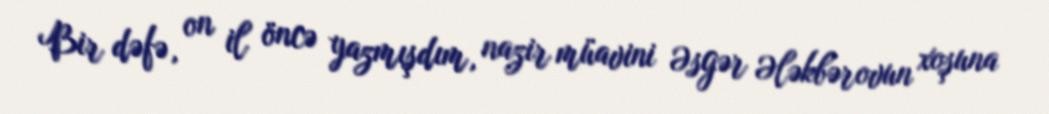
Bir dəfə, on il öncə yazmışdım, nazir müavini Əsgər Ələkbərovun xoşuna